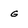
Character: g